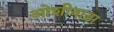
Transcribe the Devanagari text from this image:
ओशीवाड़ा